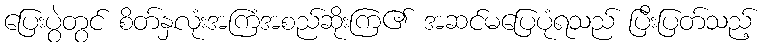
ပြေးပွဲတွင် စိတ်နှလုံးအကြံအစည်ဆိုးကြ၏ အဆင်မပြေပုံရသည် ပြီးပြတ်သည့်